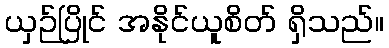
ယှဉ်ပြိုင် အနိုင်ယူစိတ် ရှိသည်။